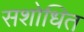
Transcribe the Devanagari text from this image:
सशोधित